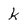
Character: k